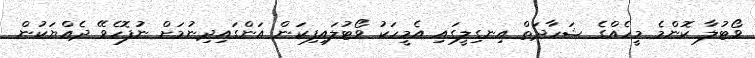
ވޯޓުލާ ކޮންމެ މީހެއްގެ ޝަހާދަތް އިނގިލީގައި އެމީހަކު ވޯޓުލައިފިކަން އަންގައިދިނުމަށް ނުފޮހެވޭ ދެއްޔަކުން